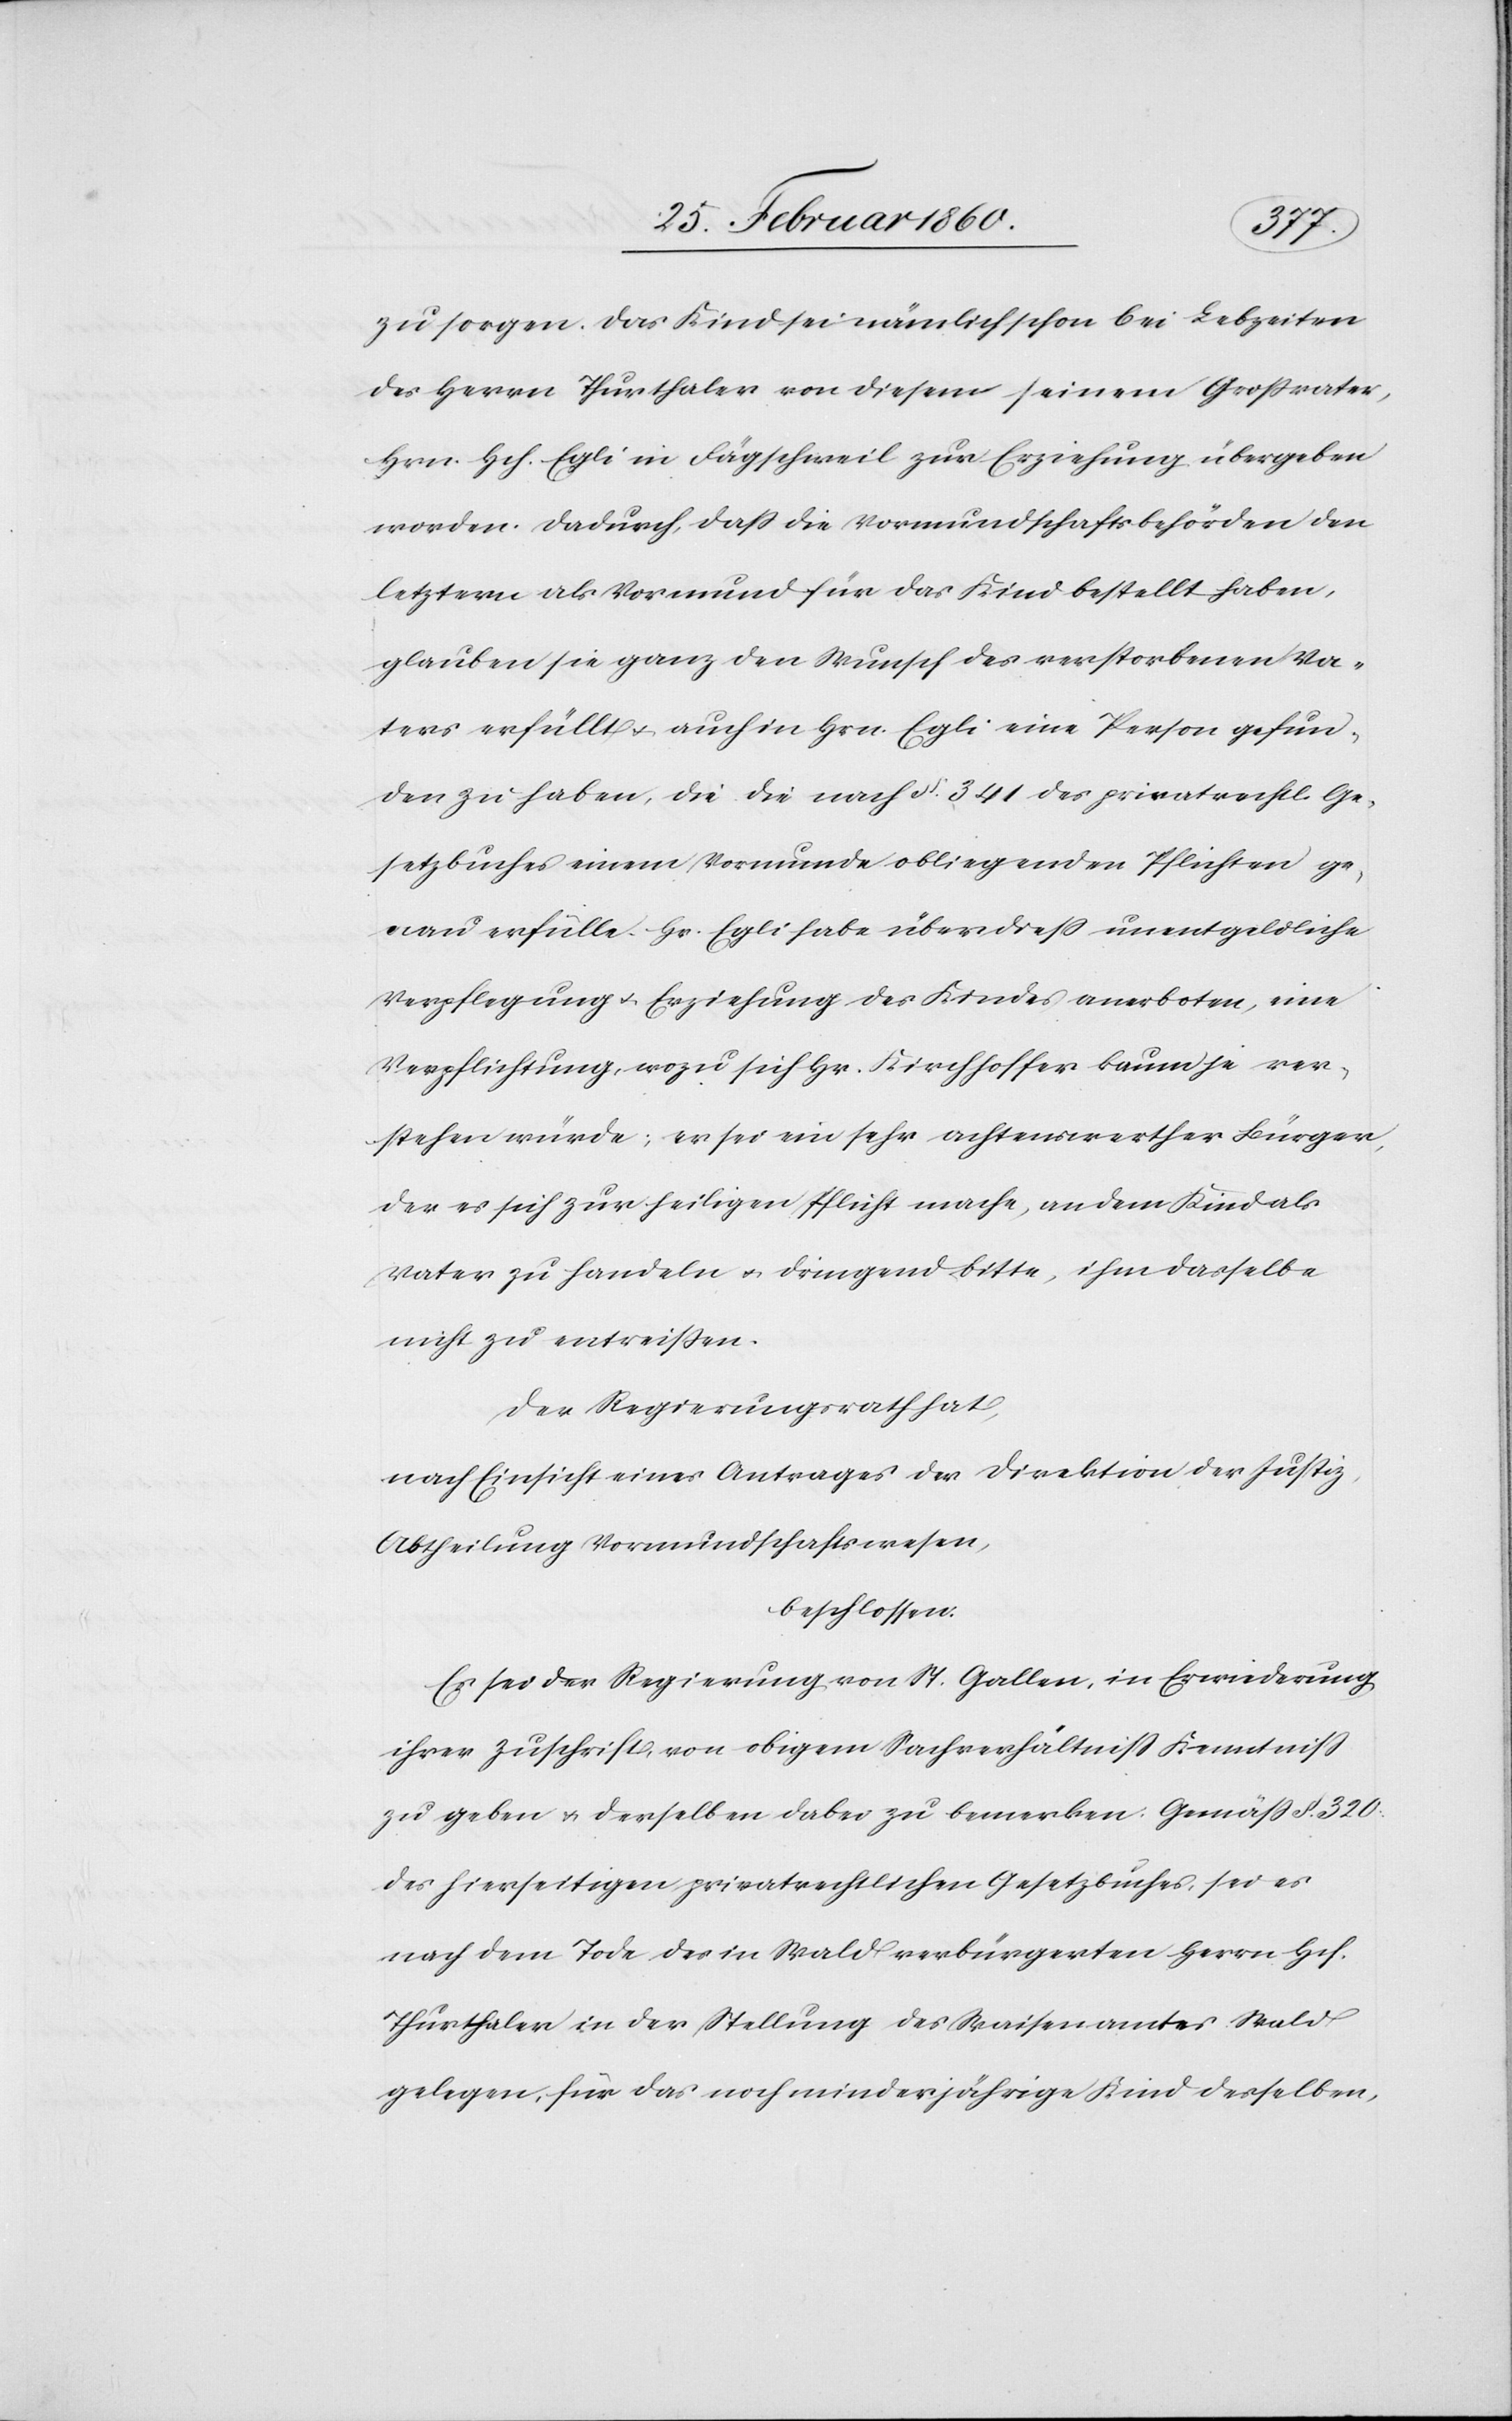
zu sorgen. Das Kind sei nämlich schon bei Lebzeiten
des Herrn Thurthaler von diesem seinem Großvater,
Hrn. Hch. Egli in Fägschweil zur Erziehung übergeben
worden. Dadurch, dass die Vormundschaftsbehörden den
letztern als Vormund für das Kind bestellt haben,
glauben sie ganz den Wunsch des verstorbenen Va¬
ters erfüllt u. auch in Hrn. Egli eine Person gefun¬
den zu haben, die die nach §. 341. des privatrechtl. Ge¬
setzbuches einem Vormunde obliegenden Pflichten ge¬
nau erfülle. Hr. Egli habe über diess unentgeldliche
Verpflegung u. Erziehung des Kindes anerboten, eine
Verpflichtung, wozu sich Hr. Kirchhoffer kaum je ver¬
stehen würde; er sei ein sehr achtenswerthes Bürger,
der es sich zur heiligen Pflicht mache, an dem Kind als
Vater zu handeln u. dringend bitte, ihm dasselbe
nicht zu entreißen.
Der Regierungsrath hat,
nach Einsicht eines Antrages der Direktion der Justiz,
Abtheilung Vormundschaftswesen,
beschlossen.
Es sei der Regierung von St. Gallen, in Erwiederung
ihrer Zuschrift, von diesem Sachverhältniss Kenntniss
zu geben u. derselben dabei zu bemerken: Gemäss §. 320.
des hierseitigen privatrechtlichen Gesetzbuches, sei es
nach dem Tode des in Wald verbürgerten Herrn. Hch.
Thurthaler in der Stellung des Waisenamtes Wald
gelegen, für das noch minderjährige Kind desselben,